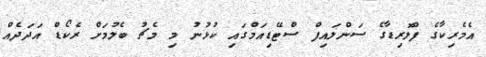
އެމެރިކާގެ ފްލޮރިޑާގެ ސަންލައިފް ސްޓޭޑިއަމްގައި ކުޅުނު މި މެޗު ބެލުމަށް ރެކޯޑް އަދަދެއް